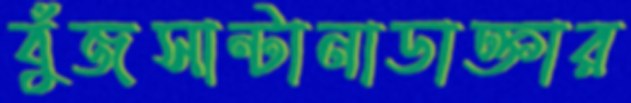
বুঁজসান্টানাডাক্তার